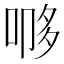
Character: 𭈨